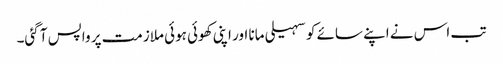
تب اس نے اپنے سائے کو سہیلی مانا اور اپنی کھوئی ہوئی ملازمت پر واپس آ گئی۔